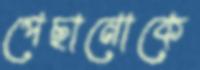
পেছানোকে